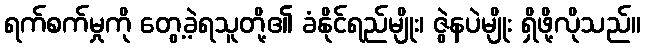
ရက်စက်မှုကို တွေ့ခဲ့ရသူတို့၏ ခံနိုင်ရည်မျိုး၊ ဇွဲနပဲမျိုး ရှိဖို့လိုသည်။